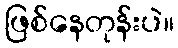
ဖြစ်နေတုန်းပဲ။